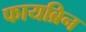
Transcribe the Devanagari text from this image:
फायब्रिन